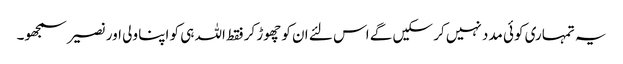
یہ تمہاری کوئی مدد نہیں کر سکیں گے اس لئے ان کو چھوڑ کر فقط اللہ ہی کو اپنا ولی اور نصیر سمجھو۔